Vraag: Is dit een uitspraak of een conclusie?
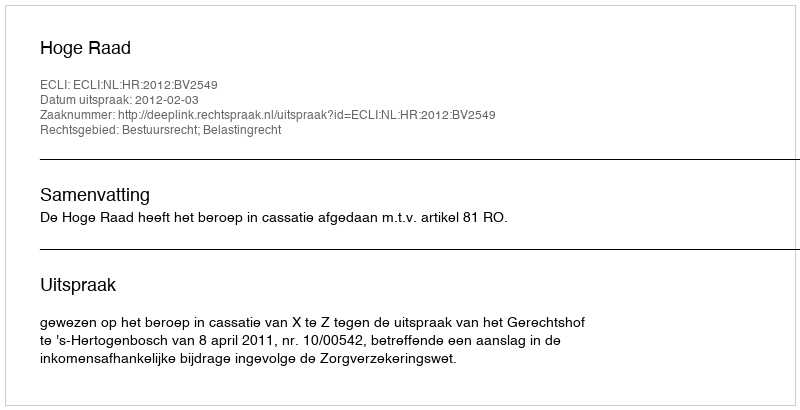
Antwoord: Uitspraak